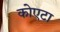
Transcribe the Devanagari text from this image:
कोएटा